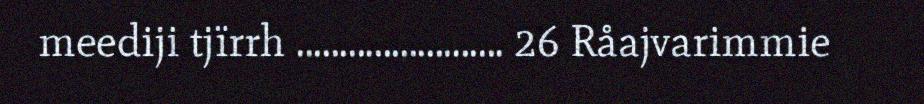
meediji tjïrrh ........................ 26 Råajvarimmie